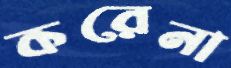
করেনা